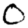
Digit: 0